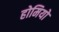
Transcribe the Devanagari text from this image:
होमियो